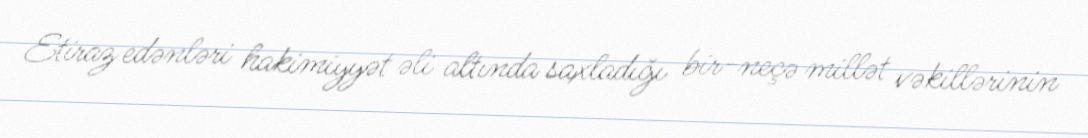
Etiraz edənləri hakimiyyət əli altında saxladığı bir-neçə millət vəkillərinin